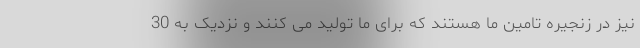
نیز در زنجیره تامین ما هستند که برای ما تولید می کنند و نزدیک به 30